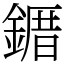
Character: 䥄